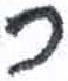
אות: כ